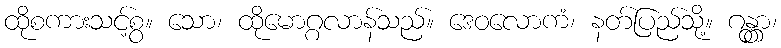
ထိုစကားသင့်စွ။ သော၊ ထိုမောဂ္ဂလာန်သည်။ ဒေဝလောကံ၊ နတ်ပြည်သို့။ ဂန္တွာ၊